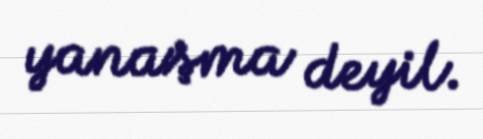
yanaşma deyil.